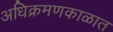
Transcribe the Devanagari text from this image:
अधिक्रमणकाळात